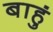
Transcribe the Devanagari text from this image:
बाहुं